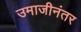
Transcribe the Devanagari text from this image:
उमाजीनंतर